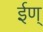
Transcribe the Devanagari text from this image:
ईण्